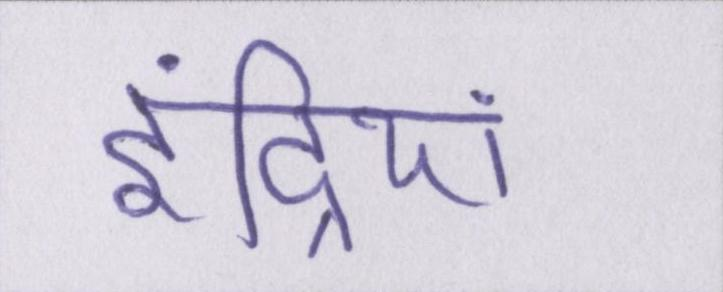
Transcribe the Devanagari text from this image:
इंद्रियां